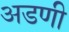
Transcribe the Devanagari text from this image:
अडणी